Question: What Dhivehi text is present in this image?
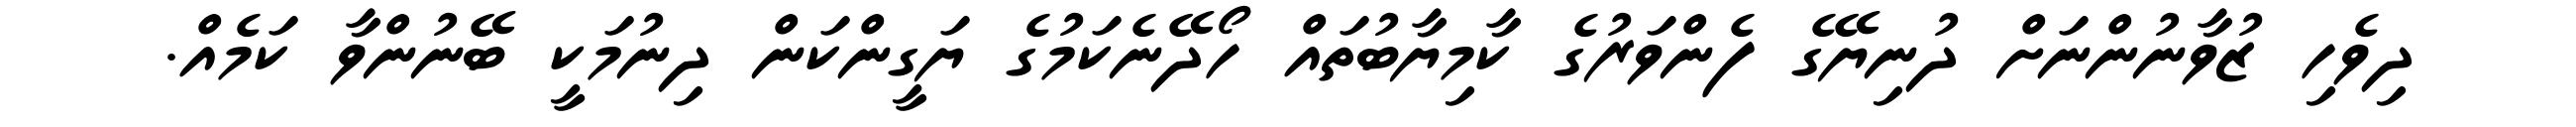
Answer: ދިވެހި ޒުވާނުންނަށް ދުނިޔޭގެ ފެންވަރުގެ ކާމިޔާބުތައް ހޯދޭނެކަމުގެ ޔަގީންކަން ދިނުމަކީ ބޭނުންވާ ކަމެއް.